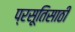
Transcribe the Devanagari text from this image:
प्रसूतिसाठी